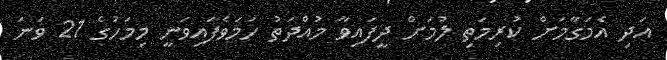
އަދި އެމަގާމަށް ކުރިމަތި ލުމަށް ދީފައިވާ މުއްދަތު ހަމަވެފައިވަނީ މިމަހުގެ 21 ވަނަ